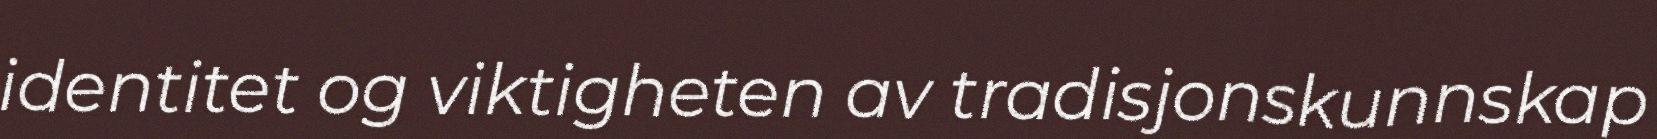
identitet og viktigheten av tradisjonskunnskap